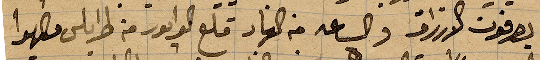
يصرفون الارزاق والساعة من النهار قلع الدابور من طرابلس مصهرًا